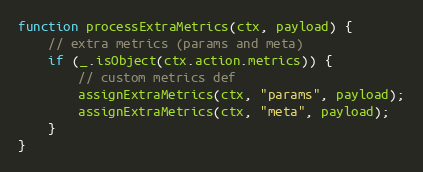
Language: JavaScript
function processExtraMetrics(ctx, payload) {
	// extra metrics (params and meta)
	if (_.isObject(ctx.action.metrics)) {
		// custom metrics def
		assignExtraMetrics(ctx, "params", payload);
		assignExtraMetrics(ctx, "meta", payload);
	}
}